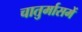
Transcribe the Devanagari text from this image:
चातुर्मासमें